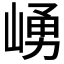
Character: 𱜀